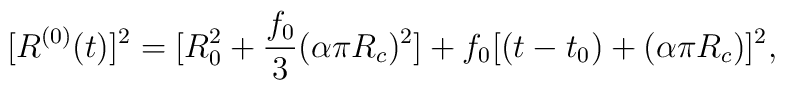
[R^{(0)}(t)]^2=[R^2_0 +\frac{f_0}{3}(\alpha \pi R_c)^2]+f_0[(t-t_0) + (\alpha \pi R_c)]^2 ,